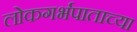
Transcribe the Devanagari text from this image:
लोकगर्भपाताच्या